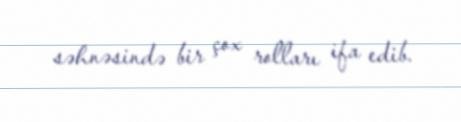
səhnəsində bir çox rolları ifa edib.